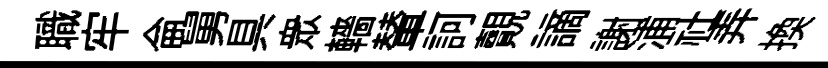
職牢侖舅具衆轖輦訶覿謫謝浦社弄换